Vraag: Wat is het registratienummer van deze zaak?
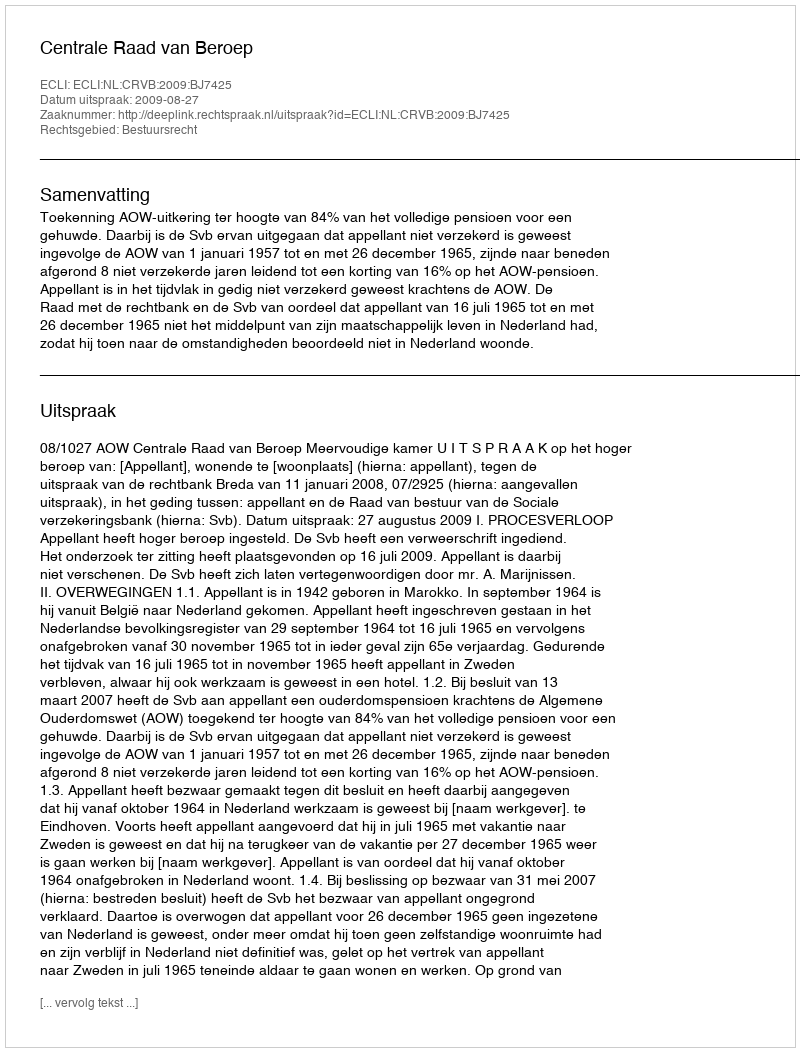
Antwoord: http://deeplink.rechtspraak.nl/uitspraak?id=ECLI:NL:CRVB:2009:BJ7425